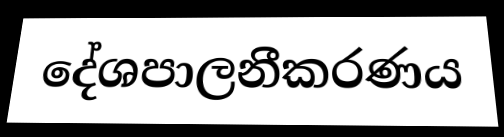
දේශපාලනීකරණය